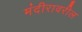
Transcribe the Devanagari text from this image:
मंदीरावरील